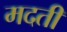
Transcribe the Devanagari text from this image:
मदती